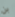
بن